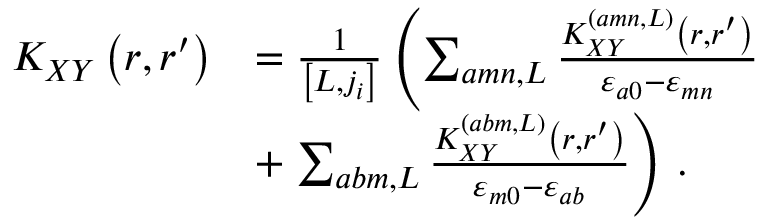
\begin{array} { r l } { K _ { X Y } \left( r , r ^ { \prime } \right) } & { = \frac { 1 } { \left[ L , j _ { i } \right] } \left( \sum _ { a m n , L } \frac { K _ { X Y } ^ { \left( a m n , L \right) } \left( r , r ^ { \prime } \right) } { \varepsilon _ { a 0 } - \varepsilon _ { m n } } \right. } \\ & { + \left. \sum _ { a b m , L } \frac { K _ { X Y } ^ { \left( a b m , L \right) } \left( r , r ^ { \prime } \right) } { \varepsilon _ { m 0 } - \varepsilon _ { a b } } \right) \, . } \end{array}